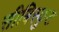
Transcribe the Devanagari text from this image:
सीबिस्कुट